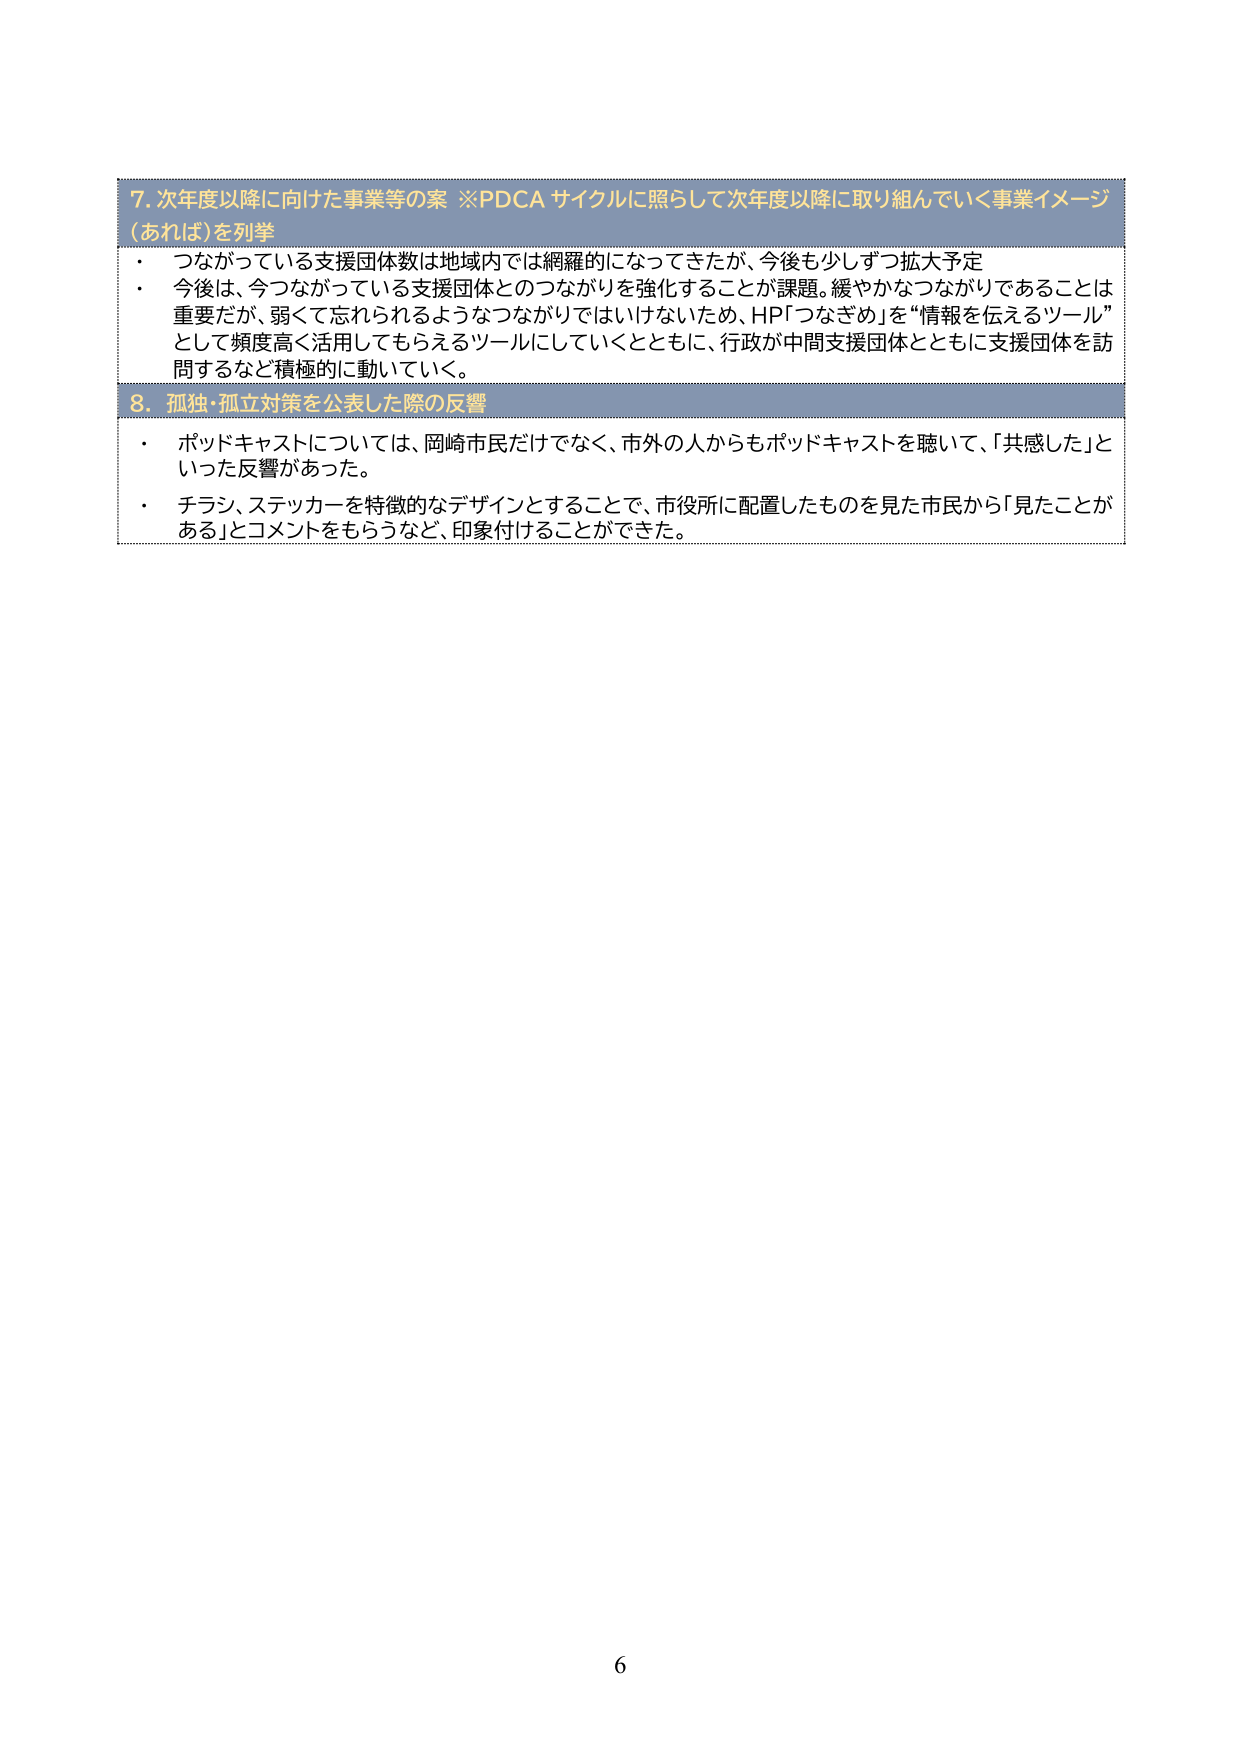
7. 次年度以降に向けた事業等の案 ※PDCA サイクルに照らして次年度以降に取り組んでいく事業イメージ（あれば）を列挙
・ つながっている支援団体数は地域内では網羅的になってきたが、今後も少しずつ拡大予定
・ 今後は、今つながっている支援団体とのつながりを強化することが課題。緩やかなつながりであることは重要だが、弱くて忘れられるようなつながりではないため、HP「つなぎめ」を“情報を伝えるツール”として頻度高く活用してもらえるツールにしていくとともに、行政が中間支援団体とともに支援団体を訪問するなど積極的に動いていく。

8. 孤独・孤立対策を公表した際の反響
・ ポッドキャストについては、岡崎市民だけでなく、市外の人からもポッドキャストを聴いて、「共感した」といった反響があった。
・ チラシ、ステッカーを特徴的なデザインとすることで、市役所に配置したものを見た市民から「見たことがある」とコメントをもらうなど、印象付けることができた。

6